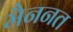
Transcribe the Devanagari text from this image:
मैननत